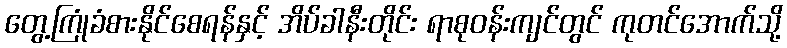
တွေ့ကြုံခံစားနိုင်စေရန်နှင့် အိပ်ခါနီးတိုင်း ရာစုဝန်းကျင်တွင် ကုတင်အောက်သို့